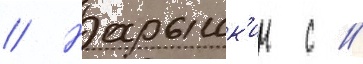
// Нарышк'ин с //